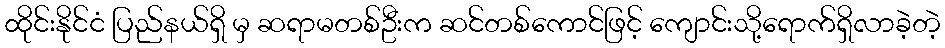
ထိုင်းနိုင်ငံ ပြည်နယ်ရှိ မှ ဆရာမတစ်ဦးက ဆင်တစ်ကောင်ဖြင့် ကျောင်းသို့ရောက်ရှိလာခဲ့တဲ့